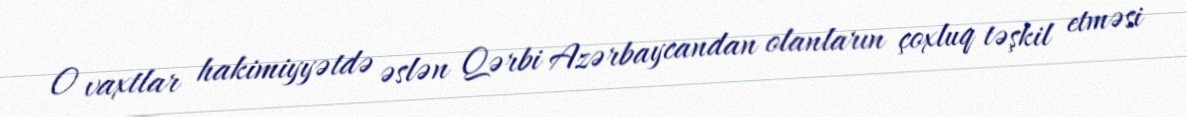
O vaxtlar hakimiyyətdə əslən Qərbi Azərbaycandan olanların çoxluq təşkil etməsi